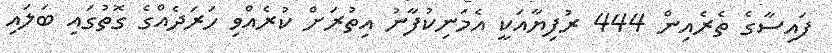
ފައިސާގެ ތެރެއިން 444 ރުފިޔާއަކީ އެމަނިކުފާނު އިތުރަށް ކުރެއްވި ހަރަދެއްގެ ގޮތުގައި ބަލައި